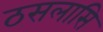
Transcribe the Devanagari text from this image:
ठसलासि